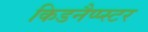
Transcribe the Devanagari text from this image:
किडनैप्प्स्टर